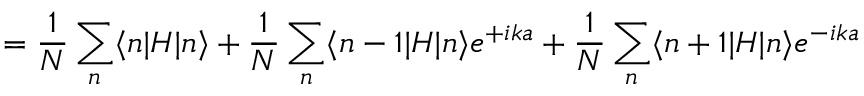
= { \frac { 1 } { N } } \sum _ { n } \langle n | H | n \rangle + { \frac { 1 } { N } } \sum _ { n } \langle n - 1 | H | n \rangle e ^ { + i k a } + { \frac { 1 } { N } } \sum _ { n } \langle n + 1 | H | n \rangle e ^ { - i k a }